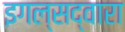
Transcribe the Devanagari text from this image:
इगल्सद्वारा